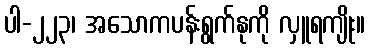
ပါ-၂၂၃၊ အသောကပန်းရွက်နုကို လှူရကျိုး။